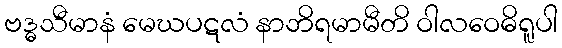
ဗဒ္ဓသီမာနံ မေဃပဋလံ နာဘိရမာမီတိ ဝါလဝေဓိရူပါ